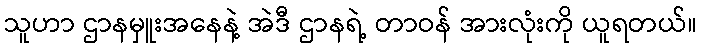
သူဟာ ဌာနမှူးအနေနဲ့ အဲဒီ ဌာနရဲ့ တာဝန် အားလုံးကို ယူရတယ်။